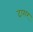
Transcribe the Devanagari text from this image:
दारार